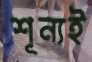
শূন্যই